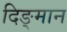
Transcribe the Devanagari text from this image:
दिङ्‌मान